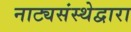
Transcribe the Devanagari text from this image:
नाट्यसंस्थेद्वारा